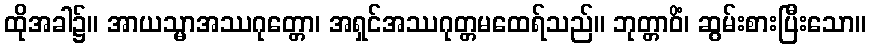
ထိုအခါ၌။ အာယသ္မာအဿဂုတ္တော၊ အရှင်အဿဂုတ္တမထေရ်သည်။ ဘုတ္တာဝိံ၊ ဆွမ်းစားပြီးသော။